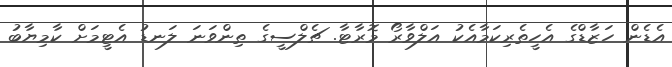
އެޑެން ހަޒާޑްގެ އެހީތެރިކަމާއެކު އަލްވާރޯ މޮރާޓާ. ޗެލްސީގެ ތިންވަނަ ލަނޑު އެޓީމަށް ކާމިޔާބު